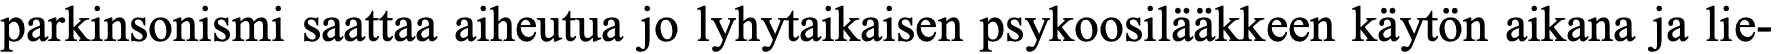
parkinsonismi saattaa aiheutua jo lyhytaikaisen psykoosilääkkeen käytön aikana ja lie-